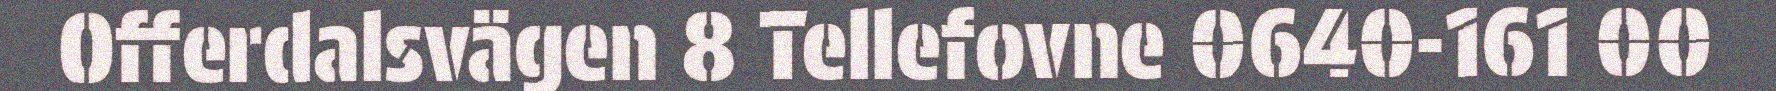
Offerdalsvägen 8 Tellefovne 0640-161 00